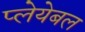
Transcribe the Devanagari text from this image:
प्लेयेबल